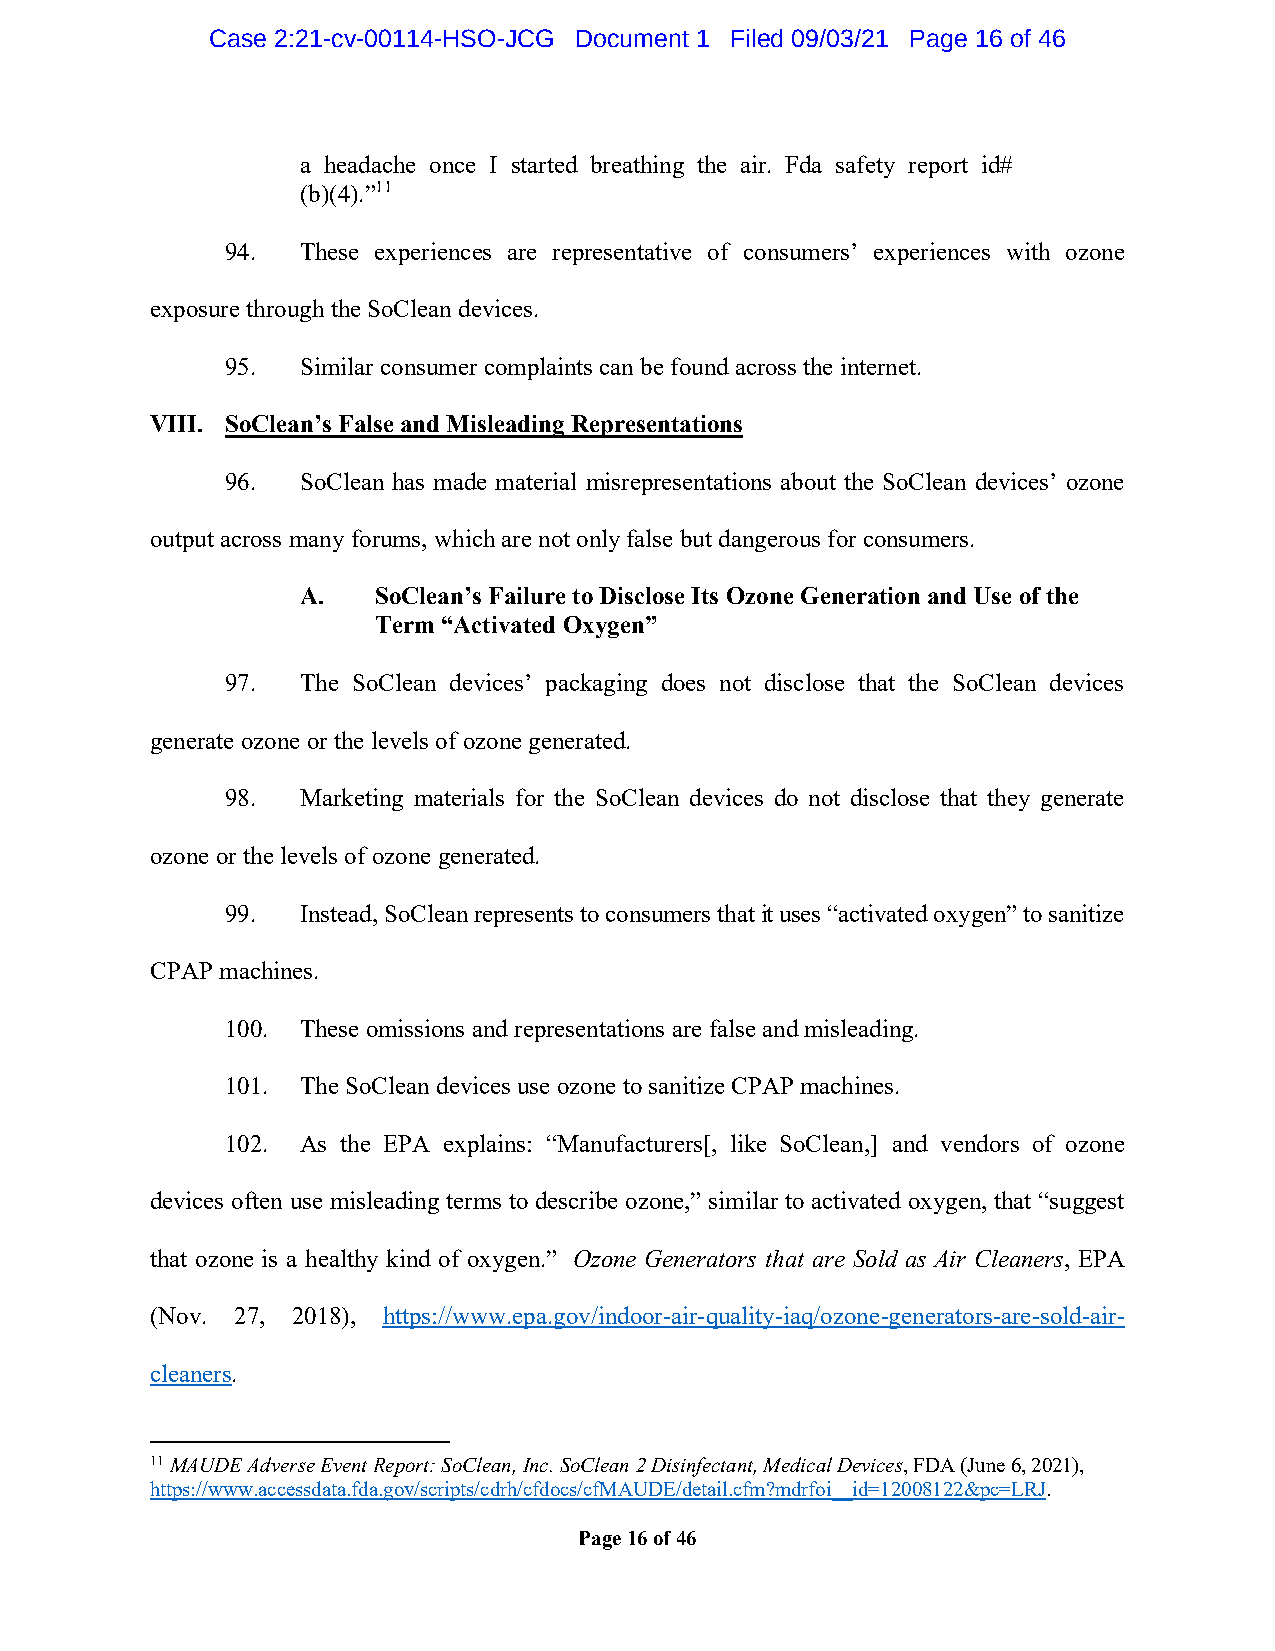
Case 2:21-cv-00114-HSO-JCG Document 1 Filed 09/03/21 Page 16 of 46
 a headache once I started breathing the air. Fda safety report id#
 (b)(4).”11
 94.  These experiences are representative of consumers’ experiences with ozone
 exposure through the SoClean devices.
 95.  Similar consumer complaints can be found across the internet.
 VIII. SoClean’s False and Misleading Representations
 96.  SoClean has made material misrepresentations about the SoClean devices’ ozone
 output across many forums, which are not only false but dangerous for consumers.
 A.   SoClean’s Failure to Disclose Its Ozone Generation and Use of the
 Term “Activated Oxygen”
 97.  The SoClean devices’ packaging does not disclose that the SoClean devices
 generate ozone or the levels of ozone generated.
 98.  Marketing materials for the SoClean devices do not disclose that they generate
 ozone or the levels of ozone generated.
 99.  Instead, SoClean represents to consumers that it uses “activated oxygen” to sanitize
 CPAP machines.
 100. These omissions and representations are false and misleading.
 101. The SoClean devices use ozone to sanitize CPAP machines.
 102. As the EPA explains: “Manufacturers[, like SoClean,] and vendors of ozone
 devices often use misleading terms to describe ozone,” similar to activated oxygen, that “suggest
 that ozone is a healthy kind of oxygen.” Ozone Generators that are Sold as Air Cleaners, EPA
 (Nov. 27, 2018), https://www.epa.gov/indoor-air-quality-iaq/ozone-generators-are-sold-air-
 cleaners.
 11 MAUDE Adverse Event Report: SoClean, Inc. SoClean 2 Disinfectant, Medical Devices, FDA (June 6, 2021),
 https://www.accessdata.fda.gov/scripts/cdrh/cfdocs/cfMAUDE/detail.cfm?mdrfoi__id=12008122&pc=LRJ.
 Page 16 of 46